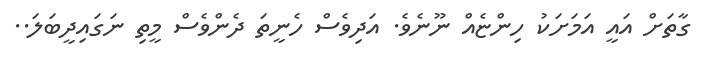
ގާތަށް އައީ އަމަށަކު ހިންޏެއް ނޫނެވެ. އަދިވެސް ހެނީތަ ދެންވެސް މީތި ނަގައިދީބަލަ..